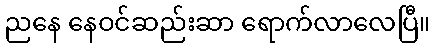
ညနေ နေဝင်ဆည်းဆာ ရောက်လာလေပြီ။